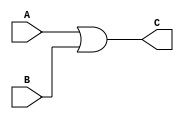
module ORGate
(
	input A,
	input B,
	output reg C
);

always@(*)
	C = A | B;

endmodule